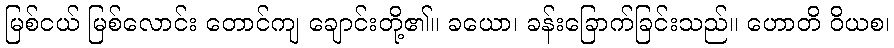
မြစ်ငယ် မြစ်လောင်း တောင်ကျ ချောင်းတို့၏။ ခယော၊ ခန်းခြောက်ခြင်းသည်။ ဟောတိ ဝိယစ၊